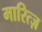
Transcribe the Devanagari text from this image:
मारित्ज़